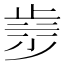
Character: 𣥿